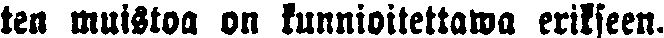
ten muistoa on kunnioitettawa erikseen.